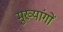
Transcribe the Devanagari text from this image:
मुख्यांगों